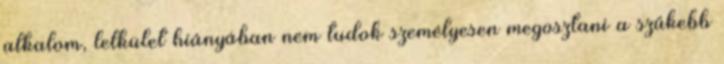
alkalom, lelkület hiányában nem tudok személyesen megosztani a szűkebb